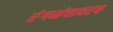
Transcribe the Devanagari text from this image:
रंगमंचावरच